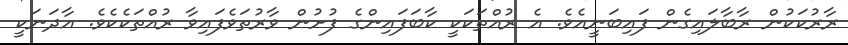
ރާރުކަކުން ރާބާލައިގެން ފައިބަނީއެވެ. އެ ރުއްތަކަކީ ކާބަފައިންގެ ފުށުން ވާރުތަވެފައިވާ ރުއްތަކެކެވެ. އާދަނަކީ